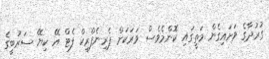
ގުރުދާގެ ވަށައިގެން މަތީގައި ކޮންމެވެސް ވަރަކަށް ޕެރިނެފްރިކް ފެޓް އޭ ކިޔޭ ސަރުބީގެ